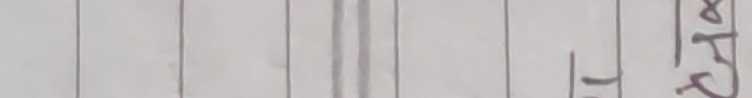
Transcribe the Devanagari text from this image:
इ.टी.सी.